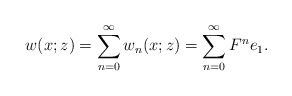
\begin{align*}&w(x;z)= \sum_{n=0}^\infty w_n(x;z)=\sum_{n=0}^\infty F^ne_1.\end{align*}